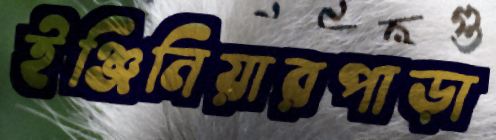
ইঞ্জিনিয়ারপাড়া